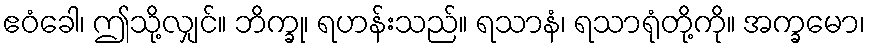
ဧဝံခေါ၊ ဤသို့လျှင်။ ဘိက္ခု၊ ရဟန်းသည်။ ရသာနံ၊ ရသာရုံတို့ကို။ အက္ခမော၊